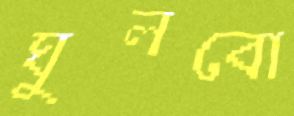
ঘুলবো